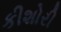
કીશોરી